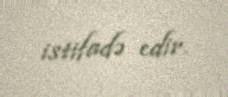
istifadə edir.